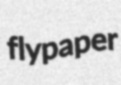
flypaper